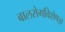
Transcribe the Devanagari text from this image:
बालरोगविशेषज्ञ